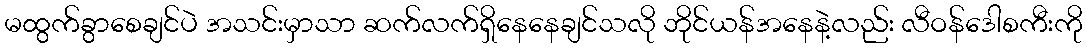
မထွက်ခွာစေချင်ပဲ အသင်းမှာသာ ဆက်လက်ရှိနေနေချင်သလို ဘိုင်ယန်အနေနဲ့လည်း လီဝန်ဒေါစကီးကို